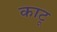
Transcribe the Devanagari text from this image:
काटू